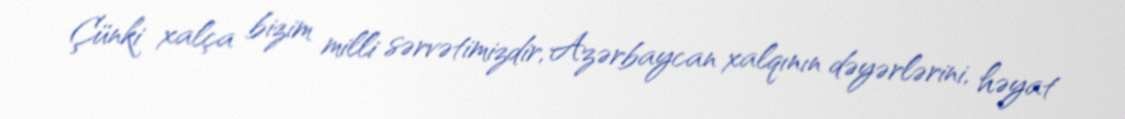
Çünki xalça bizim milli sərvətimizdir, Azərbaycan xalqının dəyərlərini, həyat